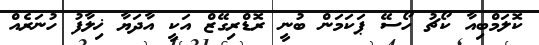
ކޮލަމްބިއާ ކޯޗު ހޯސޭ ޕަކަމަން ބުނީ ރޮޑްރިގޭޒް އަކީ އާދަޔާ ޚިލާފު ހުނަރެއް